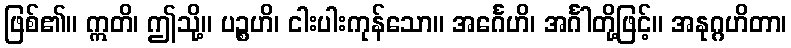
ဖြစ်၏။ ဣတိ၊ ဤသို့။ ပဉ္စဟိ၊ ငါးပါးကုန်သော။ အင်္ဂေဟိ၊ အင်္ဂါတို့ဖြင့်။ အနုဂ္ဂဟိတာ၊